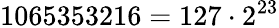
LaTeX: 1065353216=127\cdot 2^{23}